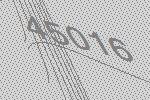
45016